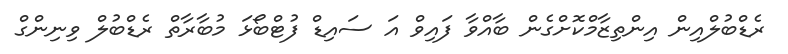
ރެޑްބުލްއިން އިންތިޒާމްކޮށްގެން ބާއްވާ ފައިވް އަ ސައިޑް ފުޓްބޯޅަ މުބާރާތް ރެޑްބުލް ވިނިންގް